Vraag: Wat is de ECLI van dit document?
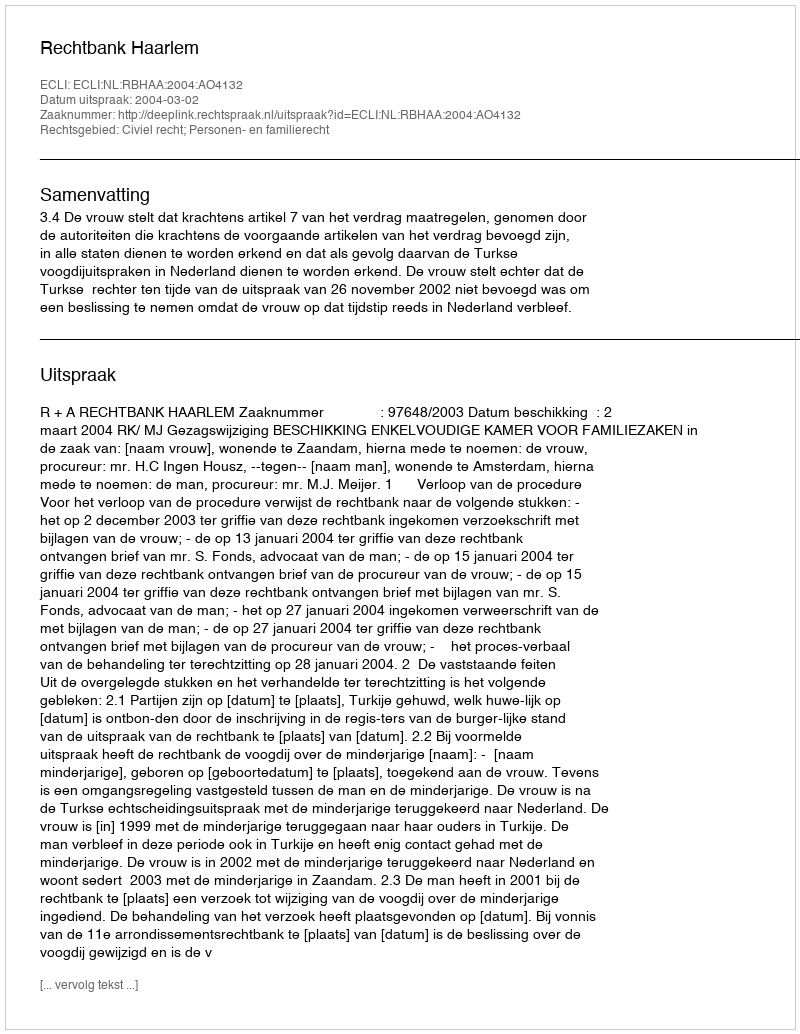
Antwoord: ECLI:NL:RBHAA:2004:AO4132